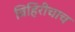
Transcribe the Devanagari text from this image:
विहिरीचाच